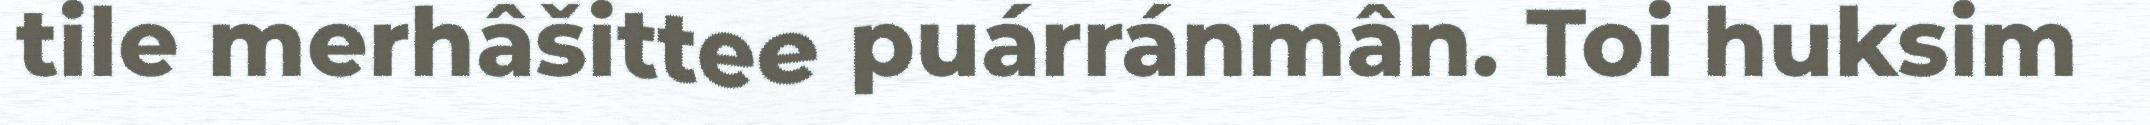
tile merhâšittee puárránmân. Toi huksim